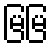
မြမြ